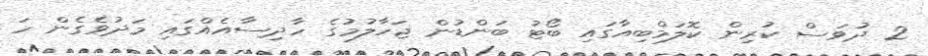
2 ދުވަަސް ކުރިން ކޮލަމްބިއާގައި ބޯޓު ބަންޑުން ޖަހާލުމުގެ ހާދިސާއެއްގައި މަދުވެގެން ހަ